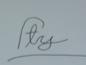
Signature authenticity: forged